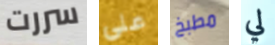
سررت على مطبخ لي